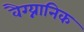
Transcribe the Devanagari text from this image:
वैग्य्नानिक